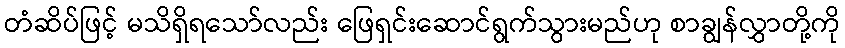
တံဆိပ်ဖြင့် မသိရှိရသော်လည်း ဖြေရှင်းဆောင်ရွက်သွားမည်ဟု စာချွန်လွှာတို့ကို